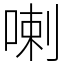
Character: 喇